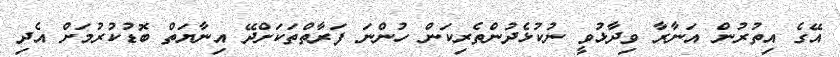
އޭގެ އިތުރުން އަނާރާ ވިދާޅުވީ ނުކުޅެދުންތެރިކަން ހުންނަ ފަރާތްތަކަށްދޭ އިނާޔަތް ބޮޑުކުރުމަށް އެދި